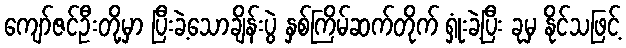
ကျော်ဇင်ဦးတို့မှာ ပြီးခဲ့သောချိန်းပွဲ နှစ်ကြိမ်ဆက်တိုက် ရှုံးခဲ့ပြီး ခုမှ နိုင်သဖြင့်